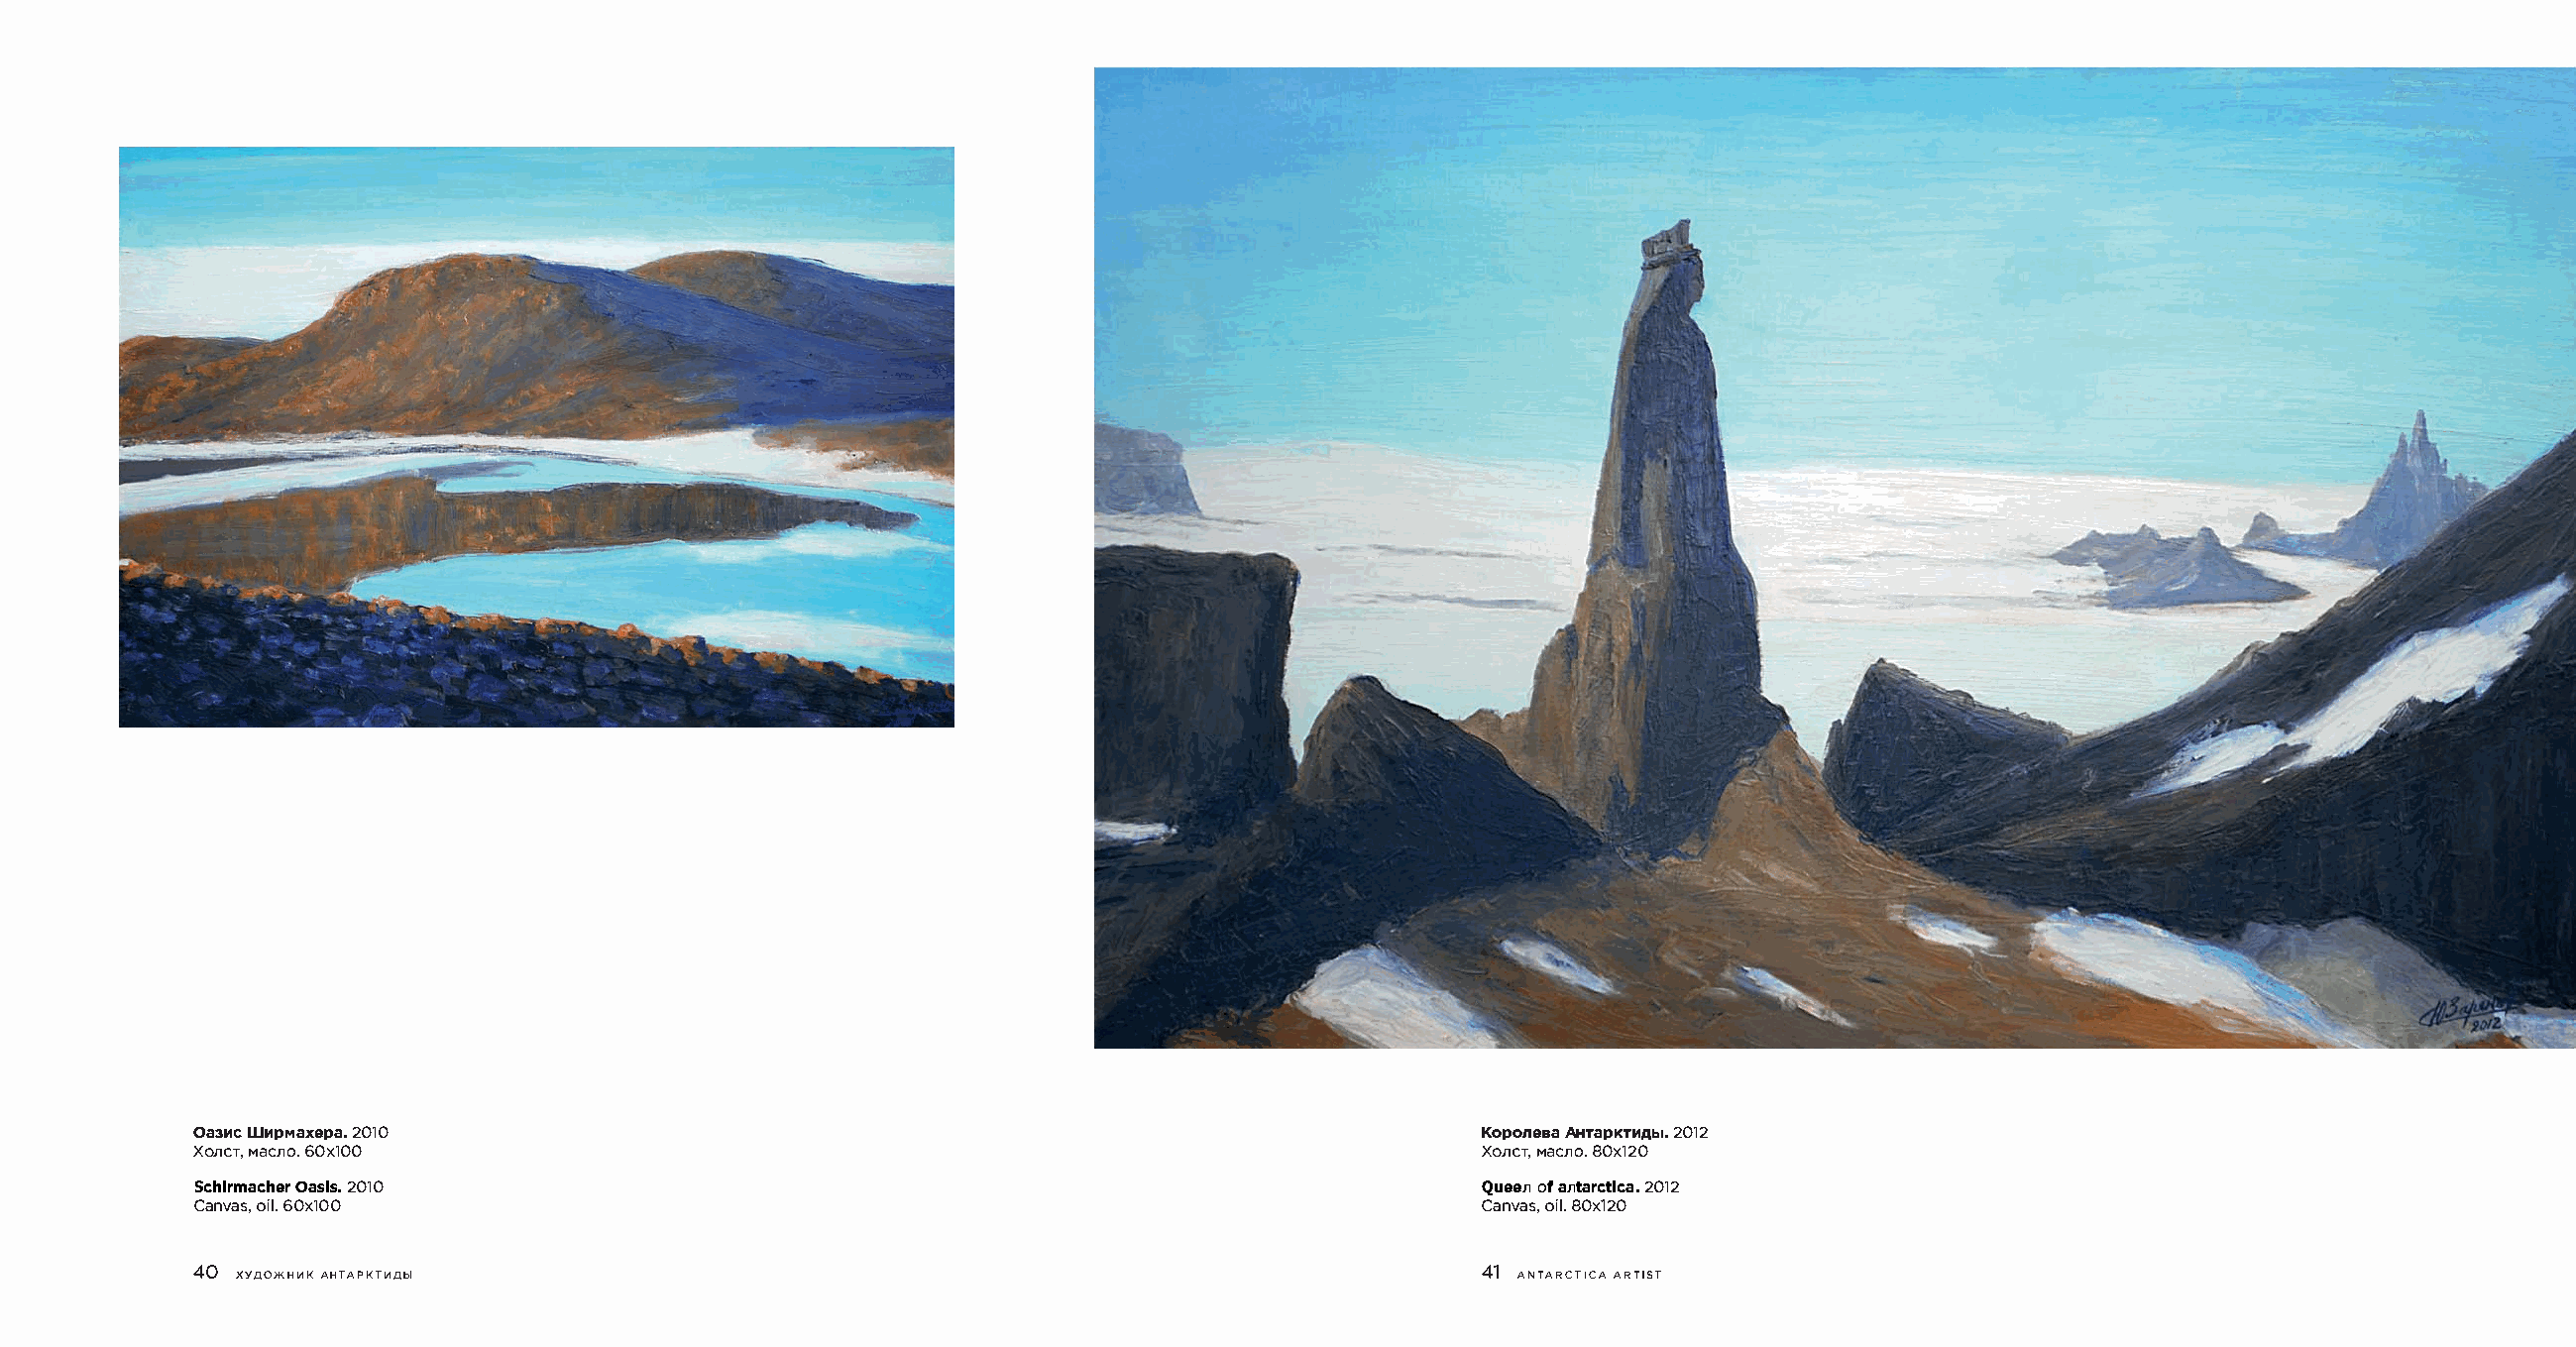
Oa3MWCM pMaxe2p0a1.0                                                                  KoponeAaHaT apKT2MA0b1l2.
 Xone MTa,en6o0.x1 00                                                                  XonCMTa,e n8o0.x 120
 Schirmacher2 0O1a0s is.                                                               Queeonf anta2r0c1t2i ca.
 Canvaosi6,l0 .x1 00                                                                   Canvaosi8,l0 .x 120
 40                                                                                    41
 XYAO>KHHK AHTAPKTHAbl                                                                ANTARCTICAA RTIST